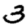
Digit: 3